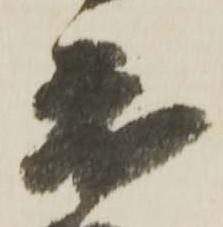
度